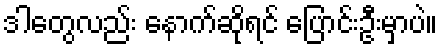
ဒါတွေလည်း နောက်ဆိုရင် ပြောင်းဦးမှာပဲ။